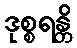
ဒုစ္စရန္တိ